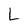
Character: L